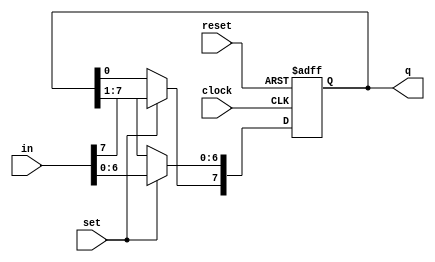
module shift #(parameter WIDTH=8)(
   output  [WIDTH-1 : 0] q, //
   input   [WIDTH-1 : 0] in, //
   input   clock,
   input   set,    //set=1
                   //set=0
   input   reset); //
   reg [WIDTH-1 : 0] reg1;
   
always@(posedge clock, negedge reset)
begin
	if(!reset) begin
		reg1[WIDTH-1 : 0]<=8'b00000000;//reset
	end
	else begin
		if(set==1) begin//
			reg1<=in;
		end
		else begin
			reg1[WIDTH-1]<=reg1[0];
			reg1[WIDTH-2:0]<=reg1[WIDTH-1:1];
		end
	end
end

assign q[WIDTH-1 : 0]=reg1[WIDTH-1 : 0];

endmodule